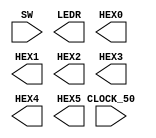
module Part1(SW,CLOCK_50,LEDR,HEX0,HEX1,HEX2,HEX3,HEX4,HEX5);
input [9:0] SW;
input CLOCK_50;
output [9:0] LEDR;
output [6:0] HEX0,HEX1,HEX2,HEX3,HEX4,HEX5;





endmodule